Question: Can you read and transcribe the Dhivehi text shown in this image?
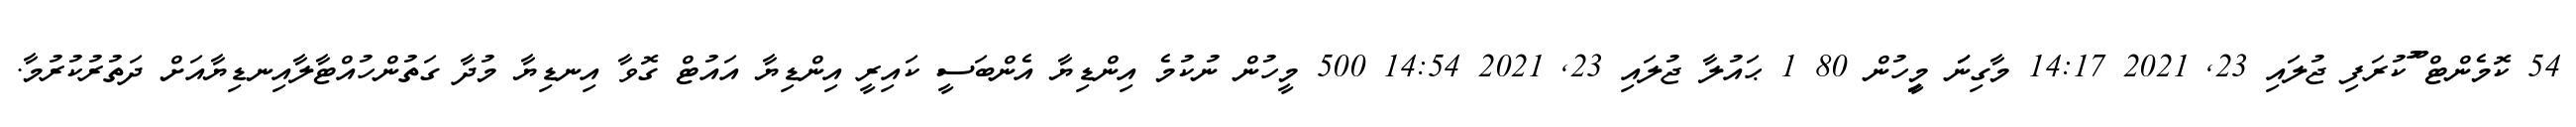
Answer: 54 ކޮމެންޓް ޫުކުރަފި ޖުލައި 23, 2021 14:17 މާގިނަަަ މިިީހުން 80 1 ޙައުލާ ޖުލައި 23, 2021 14:54 500 މީހުން ނުކުމެ އިންޑިޔާ އެންބަސީ ކައިރީ އިންޑިޔާ އައުޓް ގޮވާ އިނޑިޔާ މުދާ ގަތުންހުއްޓާލާއިނޑިޔާއަށް ދަތުރުކުރުމާ.